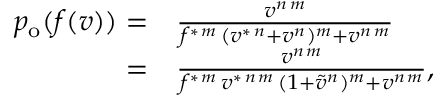
\begin{array} { r l } { p _ { \mathrm { o } } ( f ( v ) ) = } & { { } \frac { v ^ { n \, m } } { f ^ { \ast \, m } \, ( v ^ { \ast \, n } + v ^ { n } ) ^ { m } + v ^ { n \, m } } } \\ { = } & { { } \frac { v ^ { n \, m } } { f ^ { \ast \, m } \, v ^ { \ast \, n \, m } \, ( 1 + \tilde { v } ^ { n } ) ^ { m } + v ^ { n \, m } } , } \end{array}